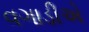
વગાડીએ